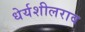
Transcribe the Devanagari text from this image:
धेर्यशीलराव